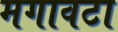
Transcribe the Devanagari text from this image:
मगावटा